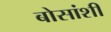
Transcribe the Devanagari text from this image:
बोसांशी